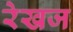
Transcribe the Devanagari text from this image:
रेखज